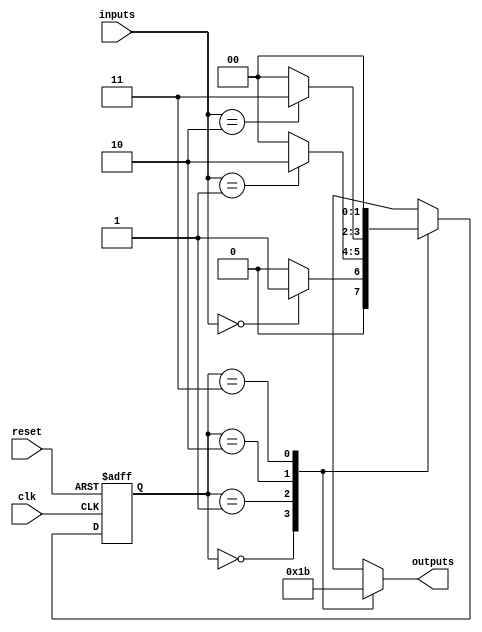
module fsm (
  input wire clk,
  input wire reset,
  input wire [1:0] inputs,
  output wire [1:0] outputs
);

// State definition
parameter S0 = 2'b00;
parameter S1 = 2'b01;
parameter S2 = 2'b10;
parameter S3 = 2'b11;

reg [1:0] state;
reg [1:0] next_state;

// State transitions
always @ (posedge clk or posedge reset) begin
  if (reset) begin
    state <= S0;
  end else begin
    state <= next_state;
  end
end

always @* begin
  case (state)
    S0: begin
      if (inputs == 2'b00)
        next_state = S1;
      else
        next_state = S0;
    end
    S1: begin
      if (inputs == 2'b01)
        next_state = S2;
      else
        next_state = S0;
    end
    S2: begin
      if (inputs == 2'b10)
        next_state = S3;
      else
        next_state = S0;
    end
    S3: begin
      if (inputs == 2'b11)
        next_state = S0;
      else
        next_state = S0;
    end
  endcase
end

// Output logic
always @* begin
  case (state)
    S0: outputs = 2'b00;
    S1: outputs = 2'b01;
    S2: outputs = 2'b10;
    S3: outputs = 2'b11;
  endcase
end

endmodule